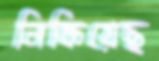
নিকিয়েছ